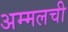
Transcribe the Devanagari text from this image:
अम्मलची